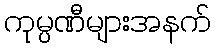
ကုမ္ပဏီများအနက်